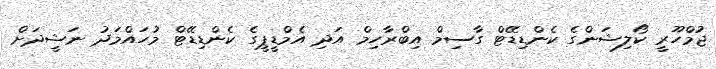
ޖުމްހޫރީ ކޯލިޝަންގެ ކެންޑިޑޭޓް ގާސިމް އިބްރާހިމް އަދި އެމްޑީޕީގެ ކެންޑިޑޭޓް މުހައްމަދު ނަޝީދަށް